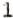
1